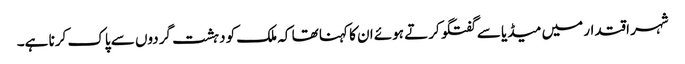
شہر اقتدار میں میڈیا سے گفتگو کرتے ہوئے ان کا کہنا تھا کہ ملک کو دہشت گردوں سے پاک کرنا ہے۔